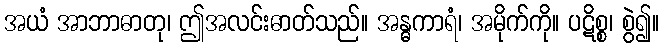
အယံ အာဘာဓာတု၊ ဤအလင်းဓာတ်သည်။ အန္ဓကာရံ၊ အမိုက်ကို။ ပဋိစ္စ၊ စွဲ၍။